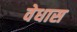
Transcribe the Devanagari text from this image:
वेधास